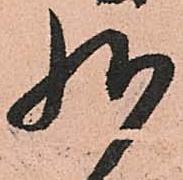
様